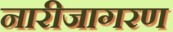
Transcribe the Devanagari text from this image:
नारीजागरण